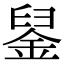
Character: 𨦴